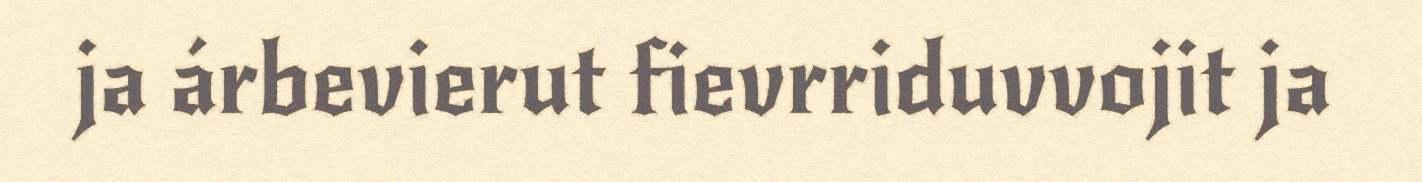
ja árbevierut fievrriduvvojit ja